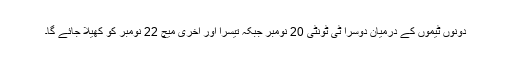
دونوں ٹیموں کے درمیان دوسرا ٹی ٹونٹی 20 نومبر جبکہ تیسرا اور آخری میچ 22 نومبر کو کھیلا جائے گا۔